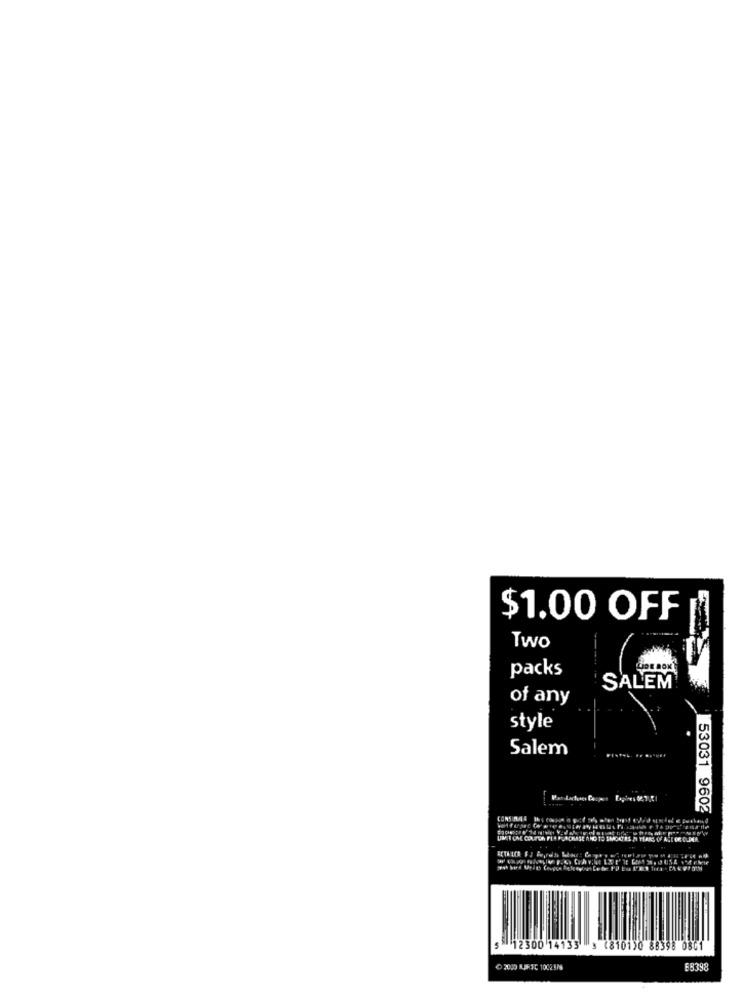
$1.00 OFF
Two
packs
SALEM
of any
style
Salem
53031 9602
UM I CHE Courth FI
12300 14133 3 (8101)0 88398 0801
30000 LIFIC 1002375
EB398